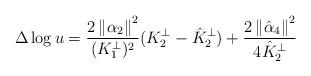
LaTeX: \begin{align*}\Delta\log u=\frac{2\left\Vert \alpha_{2}\right\Vert^2}{(K_1^\perp)^2}(K_2^{\perp}-\hat{K}_2^{\perp})+\frac{2\left\Vert \hat{\alpha}_{4}\right\Vert^2}{4\hat{K}_2^{\perp}}\end{align*}